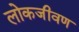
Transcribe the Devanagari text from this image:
लोकजीवण